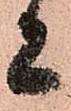
又